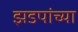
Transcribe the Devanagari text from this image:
झडपांच्या